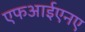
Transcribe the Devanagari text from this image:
एफआईएनए